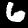
Digit: 6